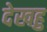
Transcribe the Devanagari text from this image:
देखहु